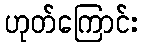
ဟုတ်ကြောင်း